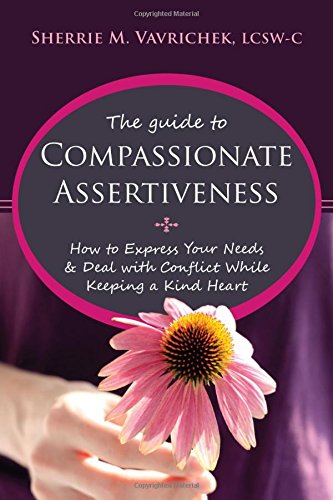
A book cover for The Guide to Compassionate Assertiveness: How to Express Your Needs and Deal with Conflict While Keeping a Kind Heart; Sherrie Mansfield Vavrichek LCSW-C; Self-Help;